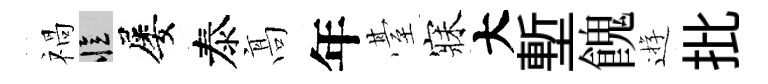
禍忆屡泰髙年䑓寐大塹餽逰批